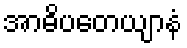
အာဓိပတေယျာနံ